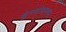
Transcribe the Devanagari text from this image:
कुंभकोणमच्या